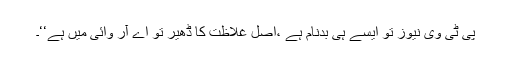
پی ٹی وی نیوز تو ایسے ہی بدنام ہے ،اصل غلاظت کا ڈھیر تو اے آر وائی میں ہے‘‘۔